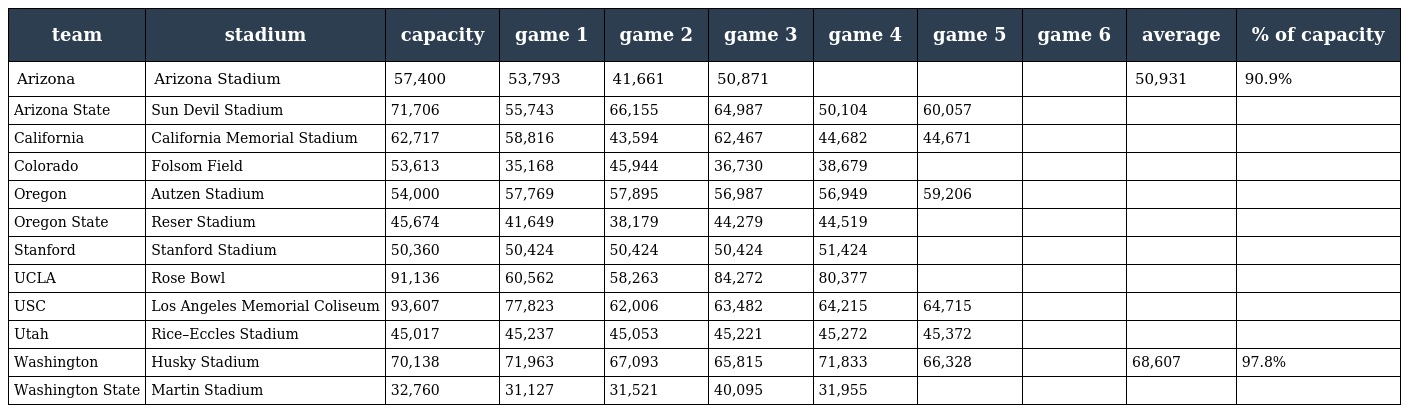
| team | stadium | capacity | game 1 | game 2 | game 3 | game 4 | game 5 | game 6 | average | % of capacity |
 | --- | --- | --- | --- | --- | --- | --- | --- | --- | --- | --- |
 | Arizona | Arizona Stadium | 57,400 | 53,793 | 41,661 | 50,871 |  |  |  | 50,931 | 90.9% |
 | Arizona State | Sun Devil Stadium | 71,706 | 55,743 | 66,155 | 64,987 | 50,104 | 60,057 |  |  |  |
 | California | California Memorial Stadium | 62,717 | 58,816 | 43,594 | 62,467 | 44,682 | 44,671 |  |  |  |
 | Colorado | Folsom Field | 53,613 | 35,168 | 45,944 | 36,730 | 38,679 |  |  |  |  |
 | Oregon | Autzen Stadium | 54,000 | 57,769 | 57,895 | 56,987 | 56,949 | 59,206 |  |  |  |
 | Oregon State | Reser Stadium | 45,674 | 41,649 | 38,179 | 44,279 | 44,519 |  |  |  |  |
 | Stanford | Stanford Stadium | 50,360 | 50,424 | 50,424 | 50,424 | 51,424 |  |  |  |  |
 | UCLA | Rose Bowl | 91,136 | 60,562 | 58,263 | 84,272 | 80,377 |  |  |  |  |
 | USC | Los Angeles Memorial Coliseum | 93,607 | 77,823 | 62,006 | 63,482 | 64,215 | 64,715 |  |  |  |
 | Utah | Rice–Eccles Stadium | 45,017 | 45,237 | 45,053 | 45,221 | 45,272 | 45,372 |  |  |  |
 | Washington | Husky Stadium | 70,138 | 71,963 | 67,093 | 65,815 | 71,833 | 66,328 |  | 68,607 | 97.8% |
 | Washington State | Martin Stadium | 32,760 | 31,127 | 31,521 | 40,095 | 31,955 |  |  |  |  |